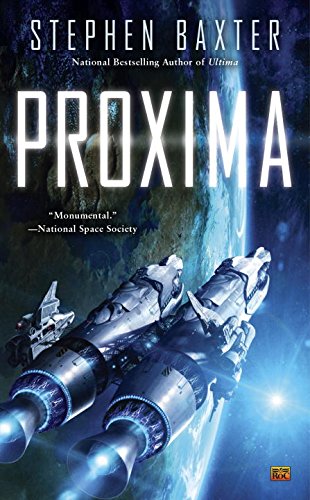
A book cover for Proxima; Stephen Baxter; Science Fiction & Fantasy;